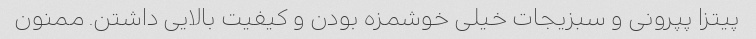
پیتزا پپرونی و سبزیجات خیلی خوشمزه بودن و کیفیت بالایی داشتن. ممنون